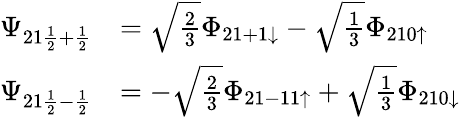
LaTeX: \begin{array}{rl}{\Psi_{21\frac{1}{2}+\frac{1}{2}}}&{=\sqrt{\frac{2}{3}}\Phi_{21+1\downarrow}-\sqrt{\frac{1}{3}}\Phi_{210\uparrow}}\\ {\Psi_{21\frac{1}{2}-\frac{1}{2}}}&{=-\sqrt{\frac{2}{3}}\Phi_{21-11\uparrow}+\sqrt{\frac{1}{3}}\Phi_{210\downarrow}}\end{array}